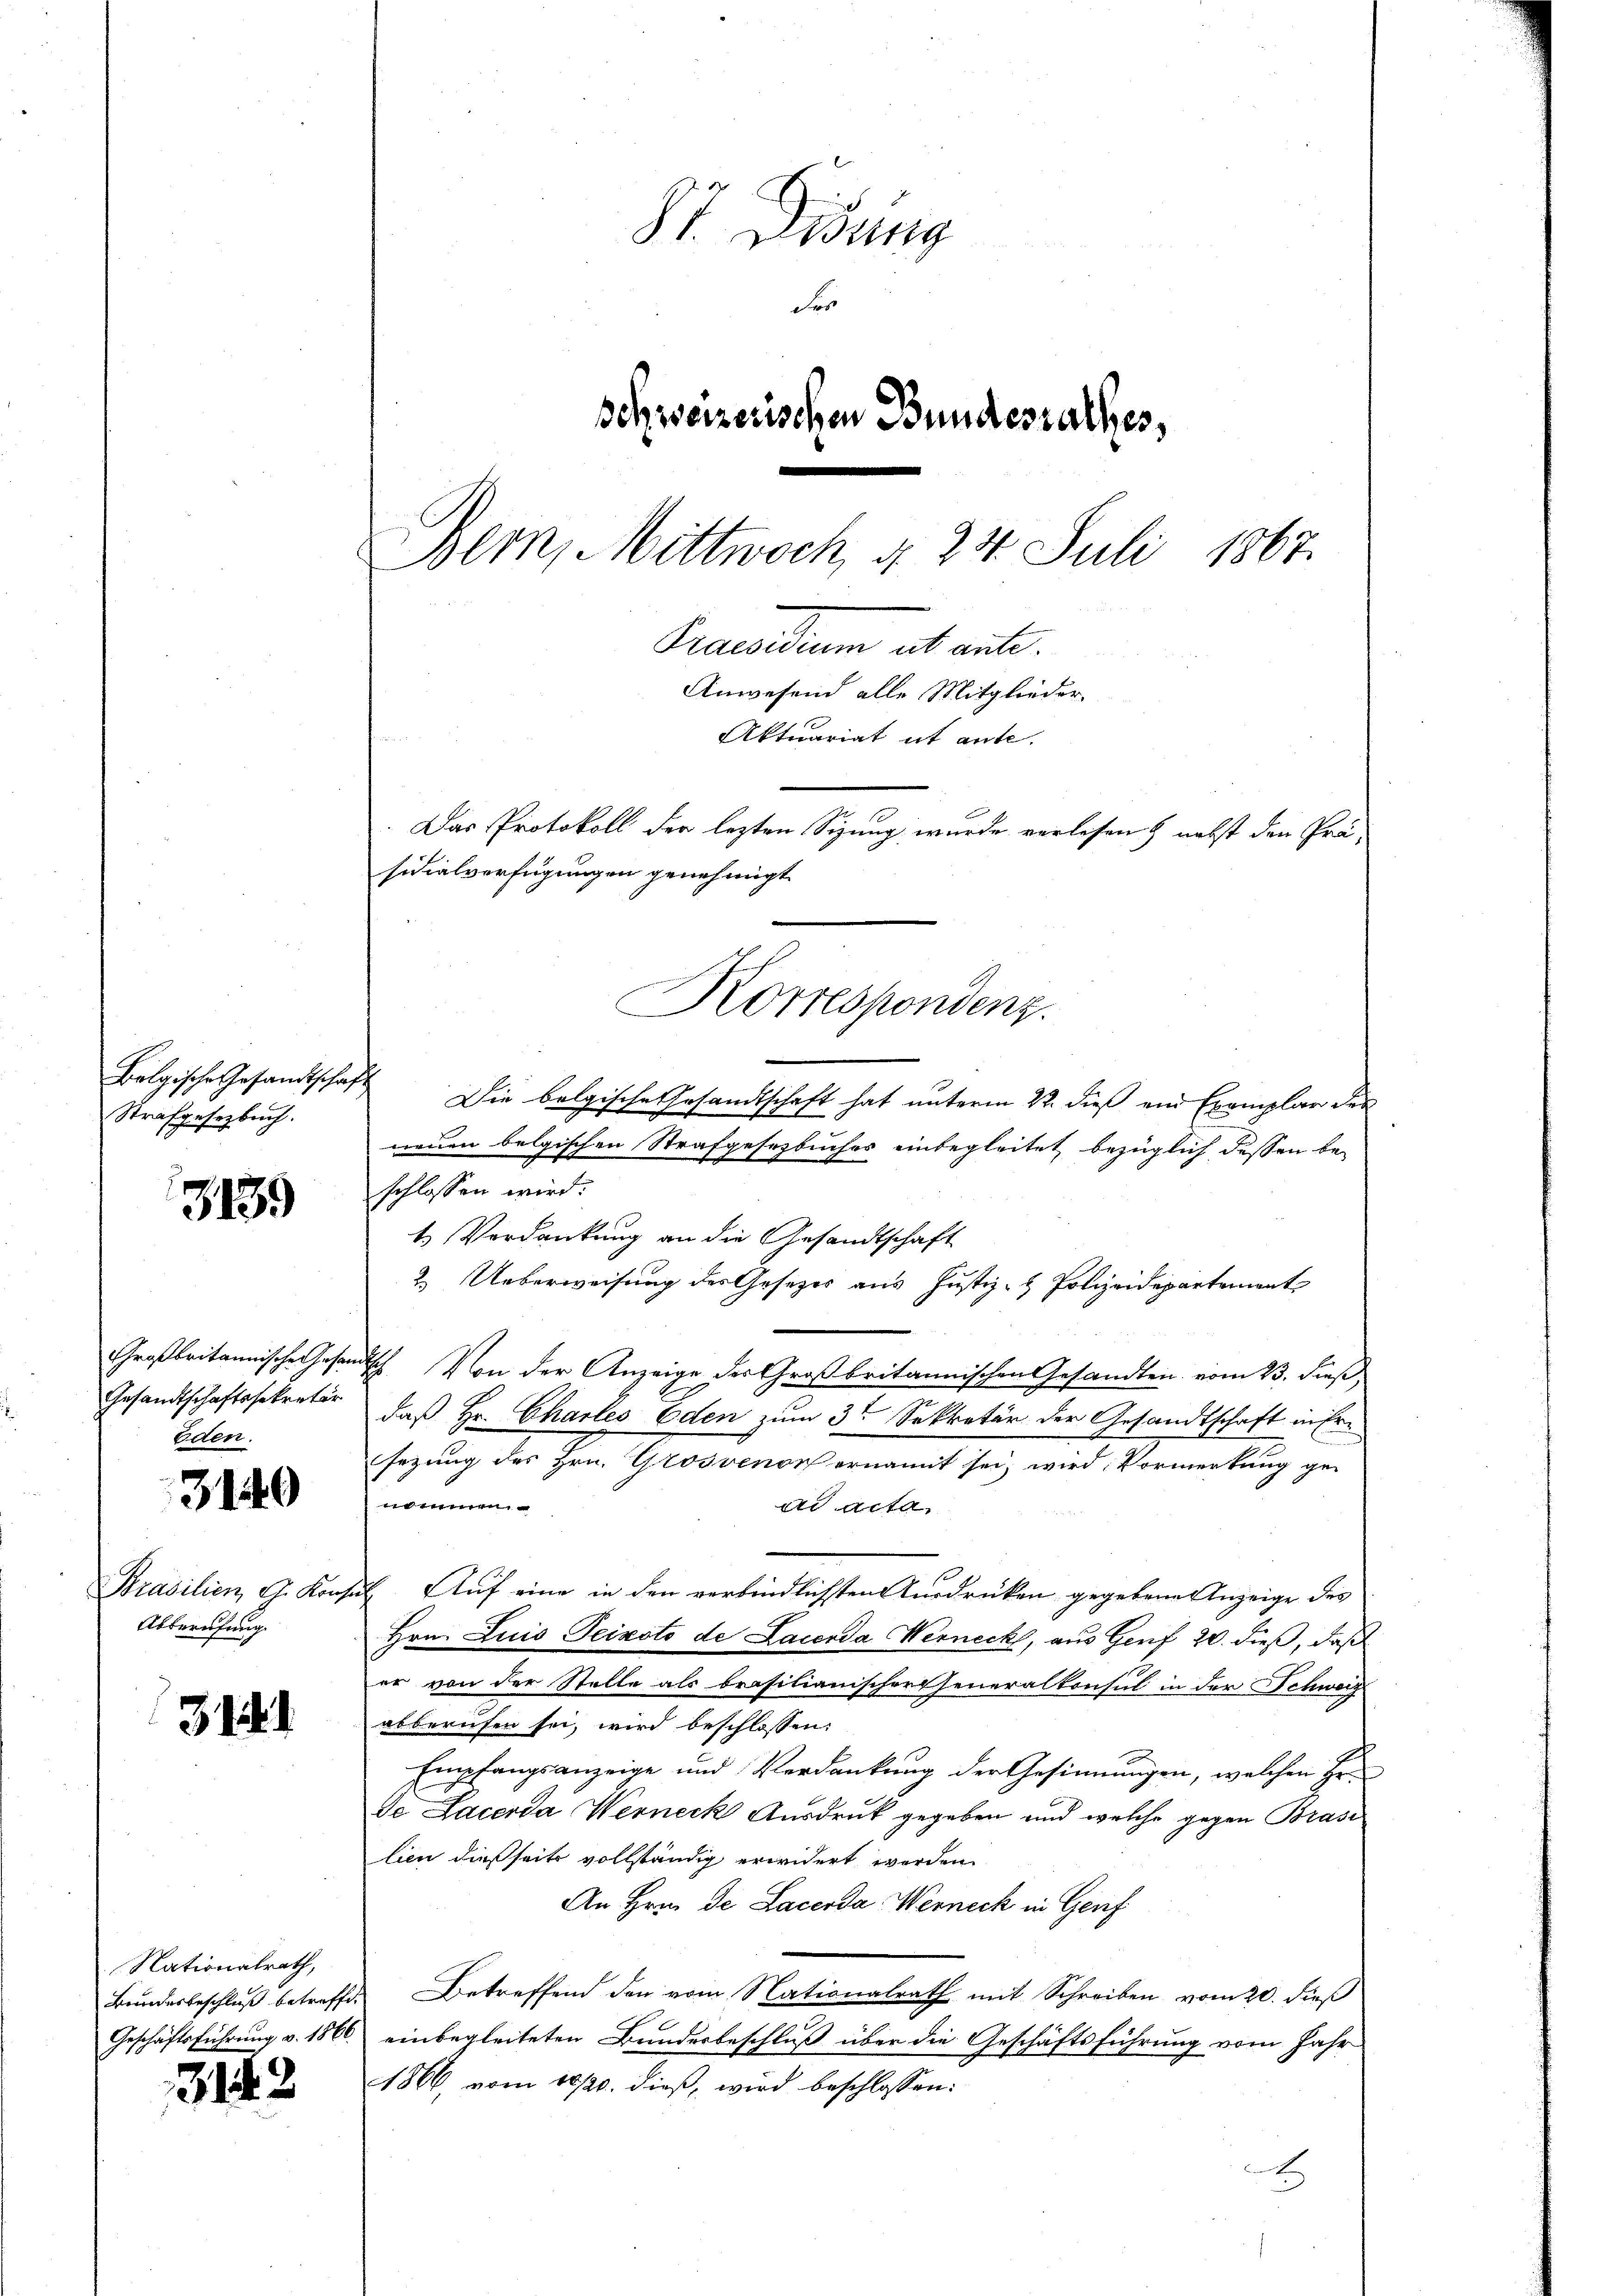
Strafgesetzbuch.

3139

Eden.

3140

Abberufung.

3.12.1

Nationalrath,

3142

87. Didung
Fer
schweizerischen Bundesrathes,
1867.
Praesidium ab ante.
Anwesend alle Mitglieder-
Aktuariat it ante.
.Das Protokoll der lezten Sizung wurde verlesen) nebst den Prä-
sidialverfügungen genehmigt.
Korrespondenz.

Bern, Mittwoch, § 24. Juli

Bolgische Gesandtschaft Die belgische Gesandtschaft hat unterm 22. dieß und Exemplar der
neuen belgischen Strafgesetzbuches einbegleitet bezüglich dessen be-
schlossen wird.
t Verdankung an die Gesandtschaft
2. Ueberweisung des Gesezes aus Justiz- & Polizeidepartement
Großbritannische Gesandtsch. Von der Anzeige der Großbritannischen Gesandten vom 23. dieß,
Gesandtschaftssekretär, daß Hr. Chartes Eden zum 3ten Sekretär der Gesandtschaft in Ersezung des Hrn. Grosvenor ernannt sei, wird Vormerkung ge-
e einen
dd acta
Brasilien, G. Konsul Auf eine in den verbindlichsten Ausdrücken gegebene Anzeige des
Hrn. Luis Teixoto de Lacenda Werneck, aus Genf 20. dieß, daß
er von der Stelle als brasilianischer Generalkonsul in der Schweiz
abberufen sei, wird beschlossen:
Empfangsanzeige und Verdankung der Gesinnungen, welchen Erde Lacerda Werneck Ausdruck gegeben und welche gegen Brasi
lien dießseits vollständig erwidert werden.
An Hrn. De Lacerda Werneck in Genf
Bŭndesbeschlŭβ betreffe. Betreffend den vom Nationalrath mit Schreiben vom 20. dieβ
Geschäftsführung v. 1866. einbegleiteten Bundesbeschluß über die Geschäftsführung vom Jahr
1866 vom 16/20. dieß, wird beschlossen:
A